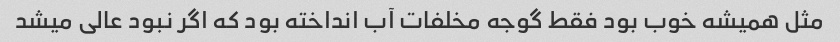
مثل همیشه خوب بود فقط گوجه مخلفات آب انداخته بود که اگر نبود عالی میشد